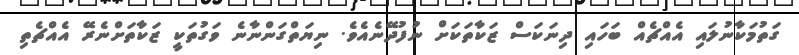
ގަތުމަކާނުލައި އެއްޗެއް ބަހައި ދިނަކަސް ޒަކާތަކަށް ނުފުދޭނެއެވެ. ނިޔަތްގަންނާނެ ވަގުތަކީ ޒަކާތަށްނެރޭ އެއްޗެތި